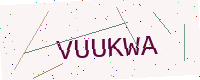
Text: VUUKWA